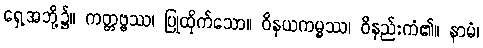
ရှေ့အဘို့၌။ ကတ္တဗ္ဗဿ၊ ပြုထိုက်သော။ ဝိနယကမ္မဿ၊ ဝိနည်းကံ၏။ နာမံ၊